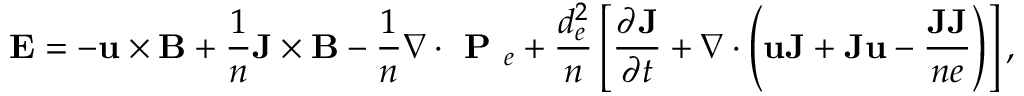
\mathbf { E } = - \mathbf { u } \times \mathbf { B } + \frac { 1 } { n } \mathbf { J } \times \mathbf { B } - \frac { 1 } { n } \nabla \cdot \textbf { P } _ { e } + \frac { d _ { e } ^ { 2 } } { n } \left[ \frac { \partial \mathbf { J } } { \partial t } + \nabla \cdot \left( \mathbf { u } \mathbf { J } + \mathbf { J } \mathbf { u } - \frac { \mathbf { J } \mathbf { J } } { n e } \right) \right] ,